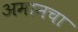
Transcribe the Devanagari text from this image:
अमानचा